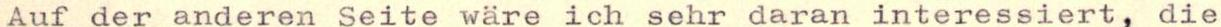
Auf der anderen Seite wäre ich sehr daran interessiert, die